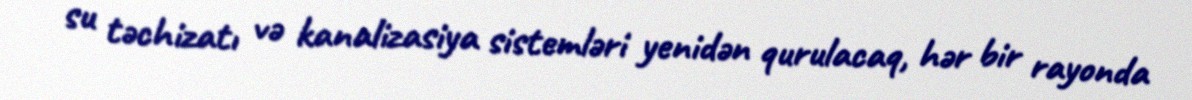
su təchizatı və kanalizasiya sistemləri yenidən qurulacaq, hər bir rayonda